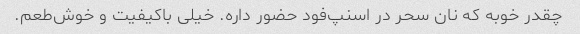
چقدر خوبه که نان سحر در اسنپ‌فود حضور داره. خیلی باکیفیت و خوش‌طعم.